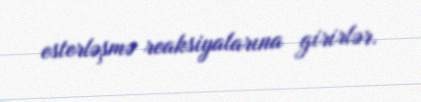
esterləşmə reaksiyalarına girirlər.